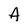
Character: A